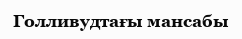
Голливудтағы мансабы